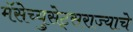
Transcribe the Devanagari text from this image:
मॅसेच्युसेट्सराज्याचे